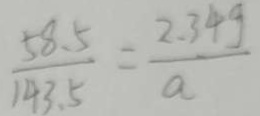
\frac { 5 8 . 5 } { 1 4 3 . 5 } = \frac { 2 . 3 4 g } { a }